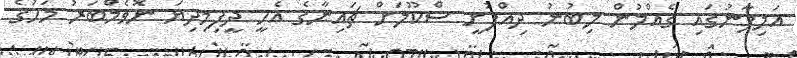
އަލިފާނުގައި ގެއްލުން ލިބުނު ދިއްފުށީ ސްކޫލަށް ޗައިނާގެ އެހީ ދީފިމިދިޔަ ނޮވެމްބަރު މަހުގެ